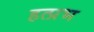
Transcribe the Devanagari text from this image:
हत्प्रभ